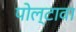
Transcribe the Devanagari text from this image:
पोल्टावा